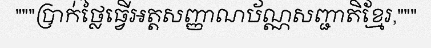
"""ប្រាក់ថ្លៃធ្វើអត្តសញ្ញាណប័ណ្ណសញ្ជាតិខ្មែរ,"""